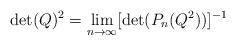
LaTeX: \begin{align*}\det(Q)^2= \lim_{n \rightarrow \infty} [ \det(P_n(Q^2))]^{-1} \end{align*}